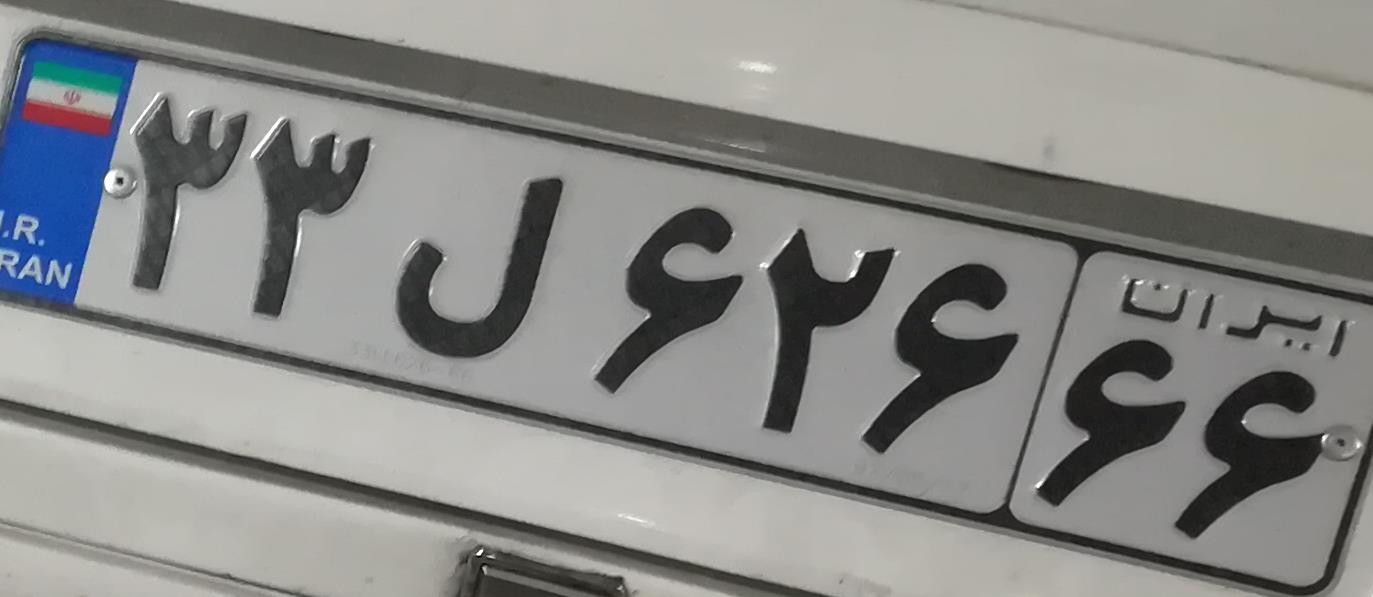
۳۳ل۶۲۶۶۶